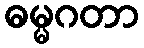
ဓမ္မဂတာ